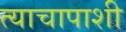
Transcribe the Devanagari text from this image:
त्याचापाशी